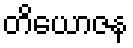
တိယောဇန